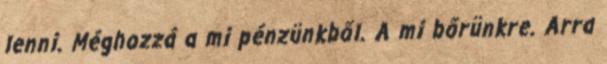
lenni. Méghozzá a mi pénzünkből. A mi bőrünkre. Arra